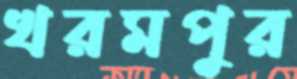
খরমপুর